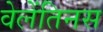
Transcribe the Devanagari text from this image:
वेलेंतिनस